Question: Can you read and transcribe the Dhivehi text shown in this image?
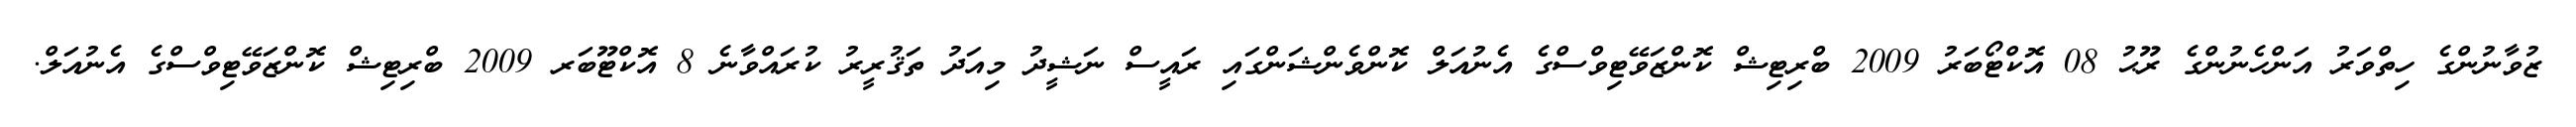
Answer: ޒުވާނުންގެ ހިތްވަރު އަންހެނުންގެ ރޫޙު 08 އޮކްޓޯބަރު 2009 ބްރިޓިޝް ކޮންޒަވޭޓިވްސްގެ އެނުއަލް ކޮންވެންޝަންގައި ރައީސް ނަޝީދު މިއަދު ތަޤުރީރު ކުރައްވާނެ 8 އޮކްޓޫބަރ 2009 ބްރިޓިޝް ކޮންޒަވޭޓިވްސްގެ އެނުއަލް.